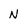
Character: N